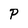
Character: P